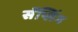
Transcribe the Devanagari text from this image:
सॅप्लिंग